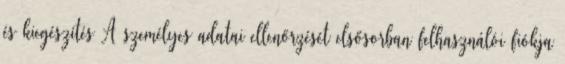
és kiegészítés A személyes adatai ellenőrzését elsősorban felhasználói fiókja